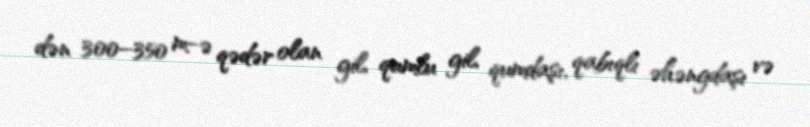
dən 300–350 m-ə qədər olan gil, qumlu gil, qumdaşı, qabıqlı əhəngdaşı və